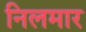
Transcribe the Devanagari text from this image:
निलमार